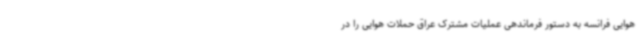
هوایی فرانسه به دستور فرماندهی عملیات مشترک عراق حملات هوایی را در